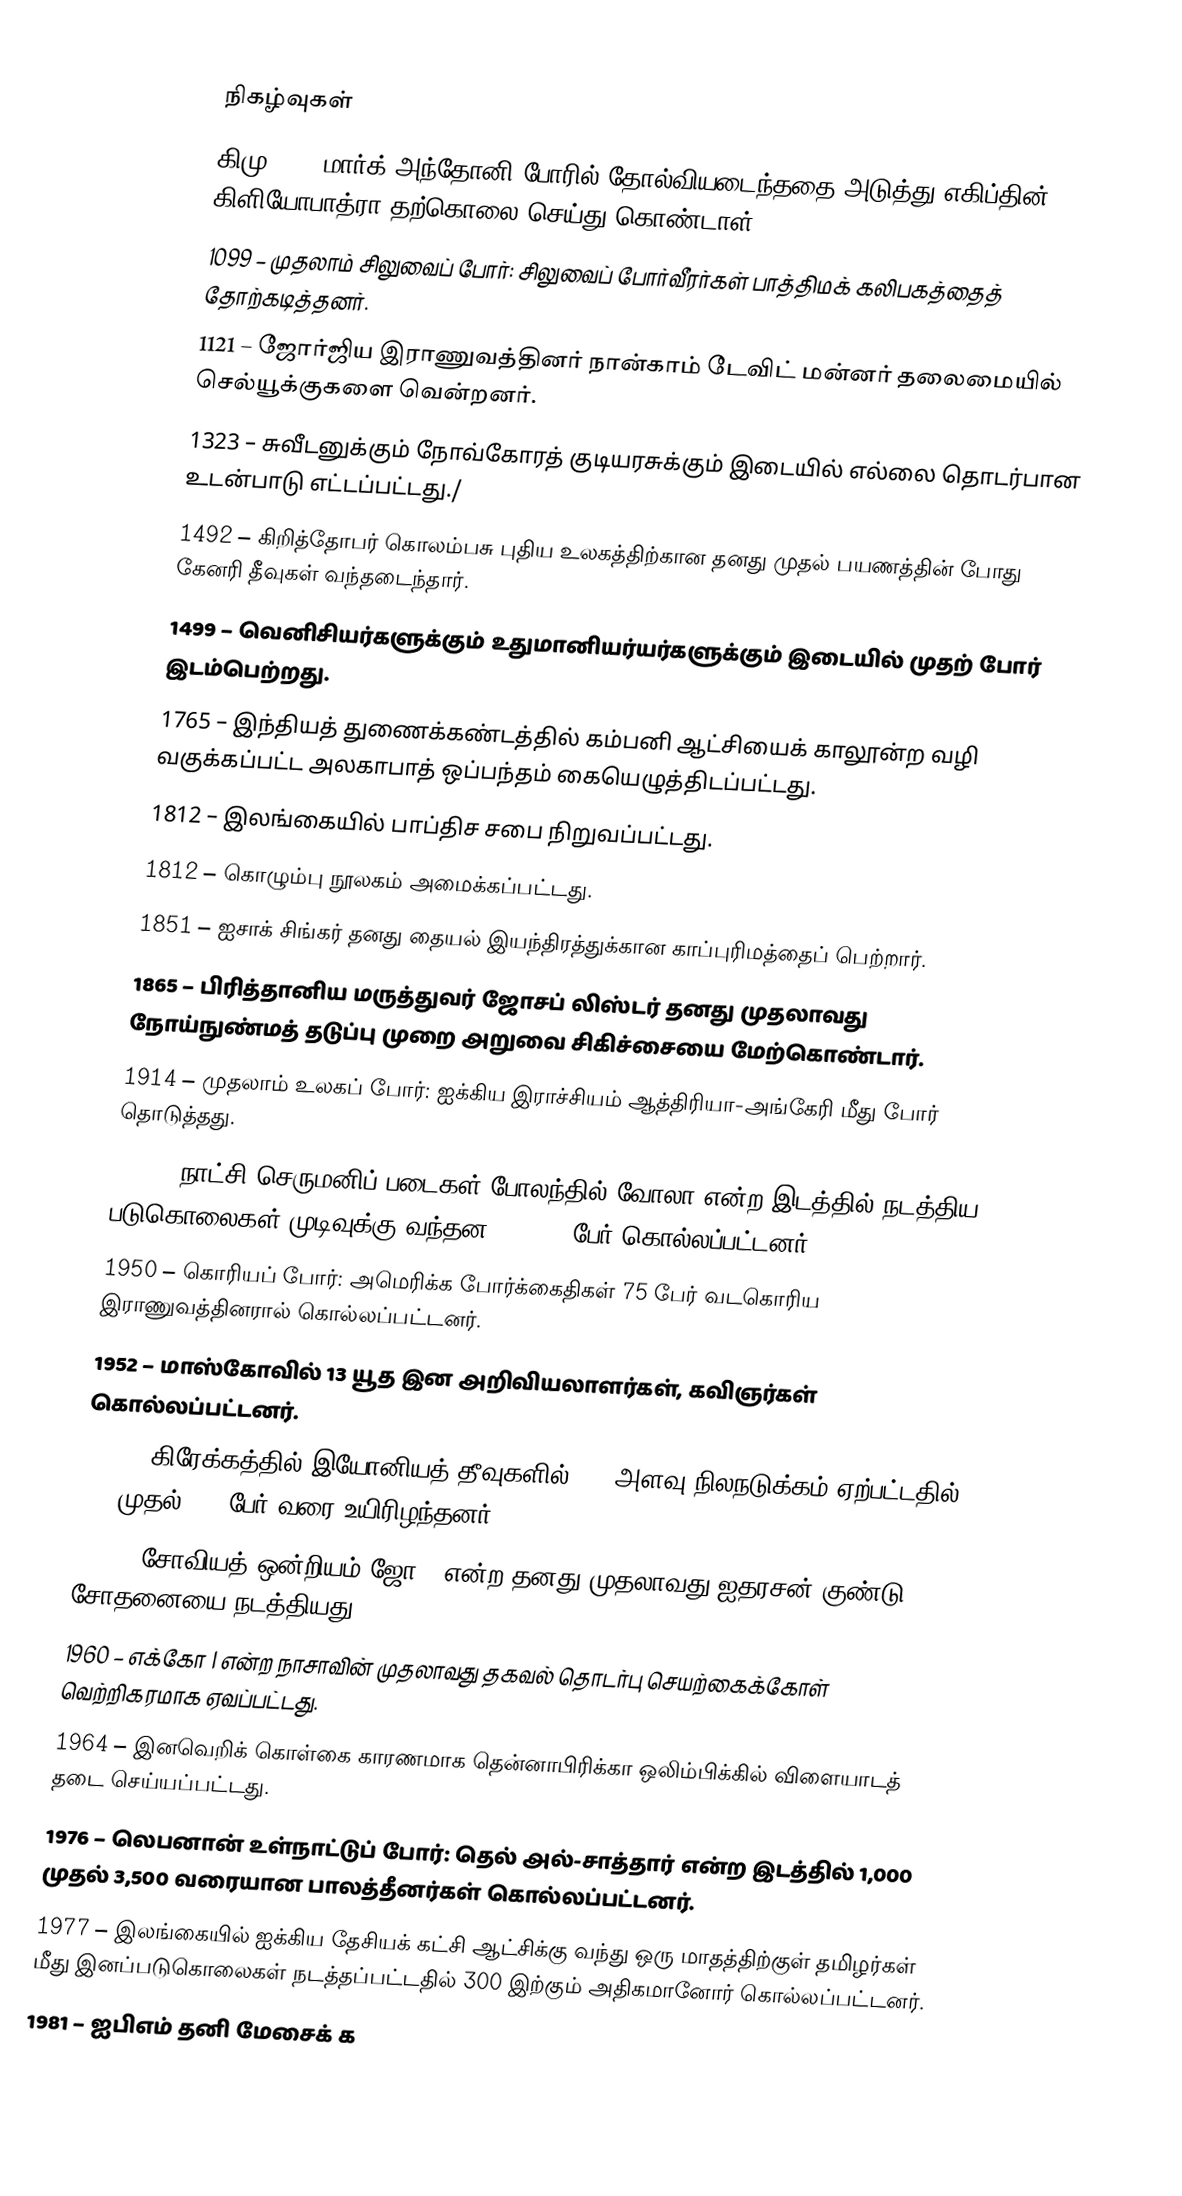

நிகழ்வுகள்
கிமு 30 – மார்க் அந்தோனி போரில் தோல்வியடைந்ததை அடுத்து எகிப்தின் கிளியோபாத்ரா தற்கொலை செய்து கொண்டாள்.
1099 – முதலாம் சிலுவைப் போர்: சிலுவைப் போர்வீரர்கள் பாத்திமக் கலிபகத்தைத் தோற்கடித்தனர்.
1121 – ஜோர்ஜிய இராணுவத்தினர் நான்காம் டேவிட் மன்னர் தலைமையில் செல்யூக்குகளை வென்றனர்.
1323 – சுவீடனுக்கும் நோவ்கோரத் குடியரசுக்கும் இடையில் எல்லை தொடர்பான உடன்பாடு எட்டப்பட்டது./
1492 – கிறித்தோபர் கொலம்பசு புதிய உலகத்திற்கான தனது முதல் பயணத்தின் போது கேனரி தீவுகள் வந்தடைந்தார்.
1499 – வெனிசியர்களுக்கும் உதுமானியர்யர்களுக்கும் இடையில் முதற் போர் இடம்பெற்றது.
1765 – இந்தியத் துணைக்கண்டத்தில் கம்பனி ஆட்சியைக் காலூன்ற வழி வகுக்கப்பட்ட அலகாபாத் ஒப்பந்தம் கையெழுத்திடப்பட்டது.
1812 – இலங்கையில் பாப்திச சபை நிறுவப்பட்டது.
1812 – கொழும்பு நூலகம் அமைக்கப்பட்டது.
1851 – ஐசாக் சிங்கர் தனது தையல் இயந்திரத்துக்கான காப்புரிமத்தைப் பெற்றார்.
1865 – பிரித்தானிய மருத்துவர் ஜோசப் லிஸ்டர் தனது முதலாவது நோய்நுண்மத் தடுப்பு முறை அறுவை சிகிச்சையை மேற்கொண்டார்.
1914 – முதலாம் உலகப் போர்: ஐக்கிய இராச்சியம் ஆத்திரியா-அங்கேரி மீது போர் தொடுத்தது.
1944 – நாட்சி செருமனிப் படைகள் போலந்தில் வோலா என்ற இடத்தில் நடத்திய படுகொலைகள் முடிவுக்கு வந்தன. 40,000 பேர் கொல்லப்பட்டனர்.
1950 – கொரியப் போர்: அமெரிக்க போர்க்கைதிகள் 75 பேர் வடகொரிய இராணுவத்தினரால் கொல்லப்பட்டனர்.
1952 – மாஸ்கோவில் 13 யூத இன அறிவியலாளர்கள், கவிஞர்கள் கொல்லப்பட்டனர்.
1953 – கிரேக்கத்தில் இயோனியத் தீவுகளில் 7.2 அளவு நிலநடுக்கம் ஏற்பட்டதில் 445 முதல் 800 பேர் வரை உயிரிழந்தனர்.
1953 – சோவியத் ஒன்றியம் ஜோ 4 என்ற தனது முதலாவது ஐதரசன் குண்டு சோதனையை நடத்தியது.
1960 – எக்கோ I என்ற நாசாவின் முதலாவது தகவல் தொடர்பு செயற்கைக்கோள் வெற்றிகரமாக ஏவப்பட்டது.
1964 – இனவெறிக் கொள்கை காரணமாக தென்னாபிரிக்கா ஒலிம்பிக்கில் விளையாடத் தடை செய்யப்பட்டது.
1976 – லெபனான் உள்நாட்டுப் போர்: தெல் அல்-சாத்தார் என்ற இடத்தில் 1,000 முதல் 3,500 வரையான பாலத்தீனர்கள் கொல்லப்பட்டனர்.
1977 – இலங்கையில் ஐக்கிய தேசியக் கட்சி ஆட்சிக்கு வந்து ஒரு மாதத்திற்குள் தமிழர்கள் மீது இனப்படுகொலைகள் நடத்தப்பட்டதில் 300 இற்கும் அதிகமானோர் கொல்லப்பட்டனர்.
1981 – ஐபிஎம் தனி மேசைக் க